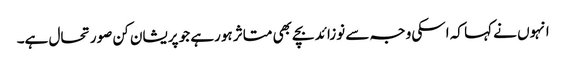
انہوں نے کہا کہ اسکی وجہ سے نوزائد بچے بھی متاثر ہورہے جو پریشان کن صورتحال ہے۔